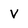
Character: V